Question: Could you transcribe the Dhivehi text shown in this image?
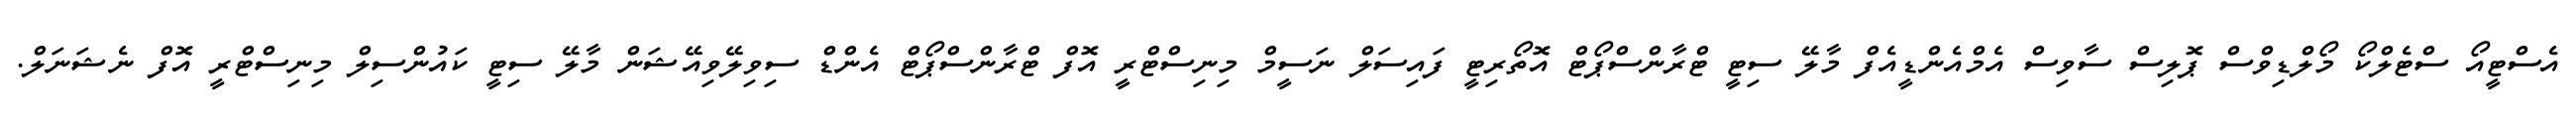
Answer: އެސްޓީއޯ ސްޓެލްކޯ މޯލްޑިވްސް ޕޮލިސް ސާވިސް އެމްއެންޑީއެފް މާލޭ ސިޓީ ޓްރާންސްޕޯޓް އޮތޯރިޓީ ފައިސަލް ނަސީމް މިނިސްޓްރީ އޮފް ޓްރާންސްޕޯޓް އެންޑް ސިވިލޭވިއޭޝަން މާލޭ ސިޓީ ކައުންސިލް މިނިސްޓްރީ އޮފް ނެޝަނަލް.